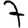
Digit: 7